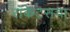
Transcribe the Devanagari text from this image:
रॉकेटसचा